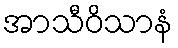
အာသီဝိသာနံ